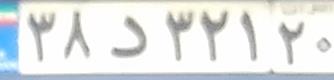
۳۸د۳۲۱۲۰